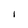
Character: I